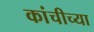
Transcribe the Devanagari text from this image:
कांचीच्या